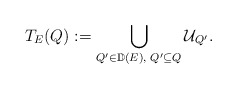
\begin{align*}T_E(Q):=\bigcup_{Q'\in{\mathbb{D}}(E),\,\,Q'\subseteq Q}{\mathcal{U}}_{Q'}.\end{align*}